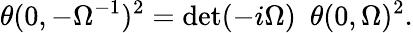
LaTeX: \theta(0,-\Omega^{-1})^{2}=\operatorname*{det}(-i\Omega)\, \, \, \theta(0,\Omega)^{2}.